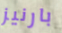
بارنيز